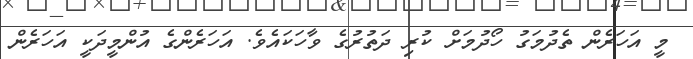
މީ އަހަރެން ތެދުމަގު ހޯދުމަށް ކުރި ދަތުރުގެ ވާހަކައެވެ. އަހަރެންގެ އުންމީދަކީ އަހަރެން